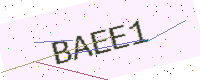
Text: BAEE1